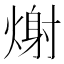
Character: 𭵪